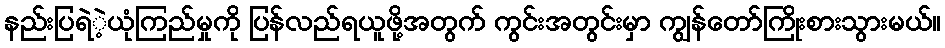
နည်းပြရဲဲ့ယုံကြည်မှုကို ပြန်လည်ရယူဖို့အတွက် ကွင်းအတွင်းမှာ ကျွန်တော်ကြိုးစားသွားမယ်။